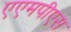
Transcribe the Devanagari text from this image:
एएमपीएस